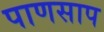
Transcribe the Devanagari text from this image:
पाणसाप